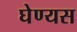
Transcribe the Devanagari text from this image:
घेण्यस